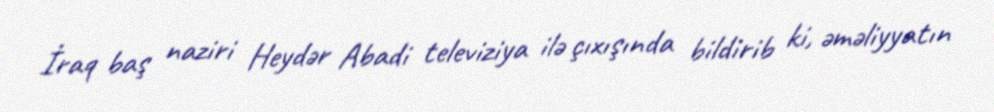
İraq baş naziri Heydər Abadi televiziya ilə çıxışında bildirib ki, əməliyyatın